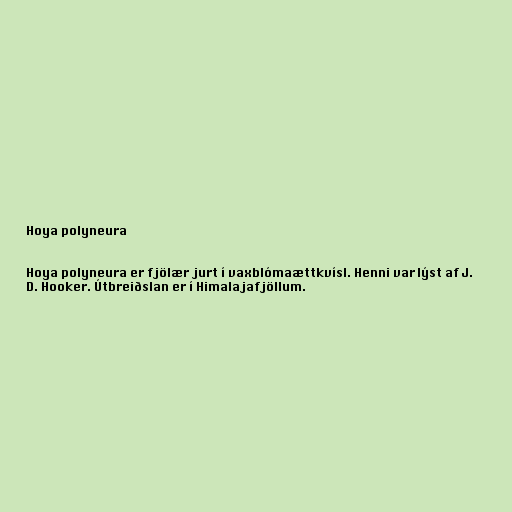
Hoya polyneura

Hoya polyneura er fjölær jurt í vaxblómaættkvísl. Henni var lýst af J.
D. Hooker. Útbreiðslan er í Himalajafjöllum.